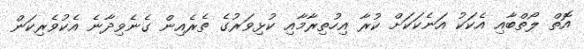
އޮތް ލޯތްބާއި އެކަކު އަނެކަކަށް ކުރާ އިހުތިރާމާއި ކުޅިވަރުގެ ތެރެއިން ގެނެވިދާނެ އެކުވެރިކަން